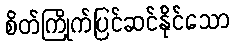
စိတ်ကြိုက်ပြင်ဆင်နိုင်သော